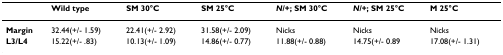
<table><thead><tr><td></td><td><b>Wild type</b></td><td><b>SM 30°C</b></td><td><b>SM 25°C</b></td><td><b><i>N</i>/+; SM 30°C</b></td><td><b><i>N</i>/+; SM 25°C</b></td><td><b>M 25°C</b></td></tr></thead><tbody><tr><td><b>Margin</b></td><td>32.44(+/- 1.59)</td><td>22.41(+/- 2.92)</td><td>31.58(+/- 2.09)</td><td>Nicks</td><td>Nicks</td><td>Nicks</td></tr><tr><td><b>L3/L4</b></td><td>15.22(+/- .83)</td><td>10.13(+/- 1.09)</td><td>14.86(+/- 0.77)</td><td>11.88(+/- 0.88)</td><td>14.75(+/- 0.89</td><td>17.08(+/- 1.31)</td></tr></tbody></table>